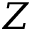
Z